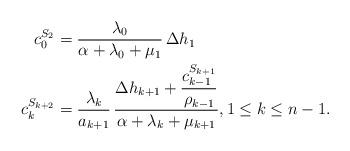
LaTeX: \begin{align*}c^{S_2}_0 & = \frac{\lambda_0}{\alpha + \lambda_0 + \mu_1} \, \Delta h_1 \\c^{S_{k+2}}_k & = \frac{\lambda_k}{a_{k+1}} \, \frac{\displaystyle \Delta h_{k+1} + \frac{c^{S_{k+1}}_{k-1}}{\rho_{k-1}}}{\alpha + \lambda_k + \mu_{k+1}}, 1 \leq k \leq n-1.\end{align*}